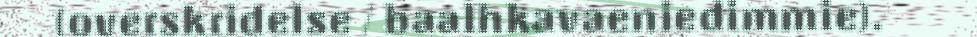
(overskridelse / baalhkavaeniedimmie).